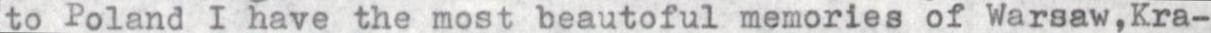
to Poland I have the most beautoful memories of Warsaw,Kra-